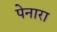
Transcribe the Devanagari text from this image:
पेनारा